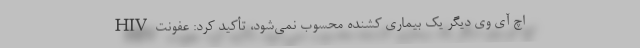
اچ آی وی دیگر یک بیماری کشنده محسوب نمی‌‌شود، تأکید کرد: عفونت HIV